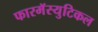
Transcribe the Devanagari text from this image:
फारमॅस्युटिकल